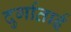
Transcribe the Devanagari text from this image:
दुर्गाताई